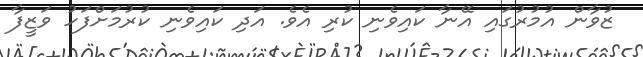
ޒުވާން އުމުރުގައި އޭނާ ކައިވެނި ކުރި އެވެ. އަދި ކައިވެނި ކުރުމަށްފަހު ވަޒީފާ